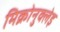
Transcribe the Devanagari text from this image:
मिक्रोनुक्लेइ